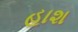
હાશ